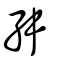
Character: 舛